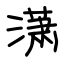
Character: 潇